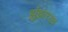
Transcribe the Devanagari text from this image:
झुंझारराव